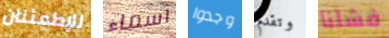
للإطمئنان اسماء وجدوا وتقدم فشلنا